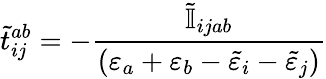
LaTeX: \tilde{t}_{ij}^{ab}=-\frac{\tilde{\mathbb{I}}_{ijab}}{(\varepsilon_{a}+\varepsilon_{b}-\tilde{\varepsilon}_{i}-\tilde{\varepsilon}_{j})}